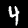
Digit: 4